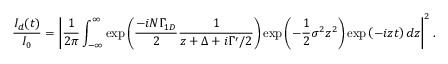
\frac { I _ { d } ( t ) } { I _ { 0 } } = \left| \frac { 1 } { 2 \pi } \int _ { - \infty } ^ { \infty } \mathrm { e x p } \left( \frac { - i N \Gamma _ { 1 D } } { 2 } \frac { 1 } { z + \Delta + i \Gamma ^ { \prime } / 2 } \right) \mathrm { e x p } \left( - \frac { 1 } { 2 } \sigma ^ { 2 } z ^ { 2 } \right) \mathrm { e x p } \left( - i z t \right) d z \right| ^ { 2 } .